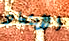
الأبتعاد